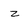
Character: z